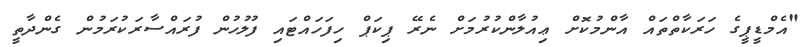
"އެމްޑީޕީގެ ހަރަކާތްތައް އާންމުކޮށް ޢިއުލާންކުރުމަށް ނެރޭ ޕިކަޕް ހިފަހައްޓައި ފުލުހުން ފުރައްސާރަކުރަމުން ގެންދާތީ